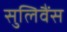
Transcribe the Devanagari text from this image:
सुलिवैंस